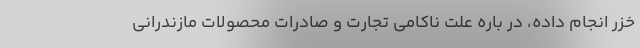
خزر انجام داده، در باره علت ناکامی تجارت و صادرات محصولات مازندرانی